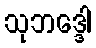
သုဘဒ္ဒေါ